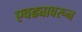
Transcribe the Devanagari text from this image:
एवढ्यावरून